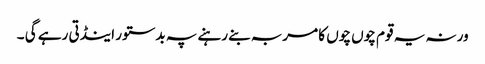
ورنہ یہ قوم چوں چوں کا مربہ بنے رہنے پہ بدستور اینڈتی رہے گی ۔